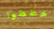
خططوا